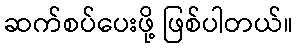
ဆက်စပ်ပေးဖို့ ဖြစ်ပါတယ်။